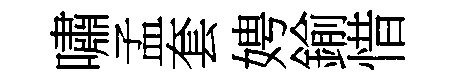
嘯孟套娉鍮惜